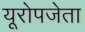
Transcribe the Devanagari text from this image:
यूरोपजेता